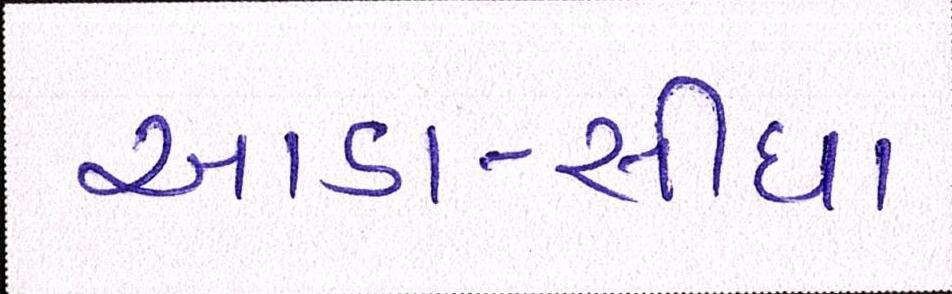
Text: આડા-સીધા